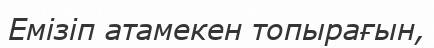
Емізіп атамекен топырағын,